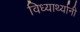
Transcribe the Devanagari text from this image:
विध्यार्थ्यानी